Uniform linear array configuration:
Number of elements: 24
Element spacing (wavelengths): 0.25
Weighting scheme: uniform
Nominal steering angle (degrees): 30
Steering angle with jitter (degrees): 30.49
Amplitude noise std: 0.05
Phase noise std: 0.05

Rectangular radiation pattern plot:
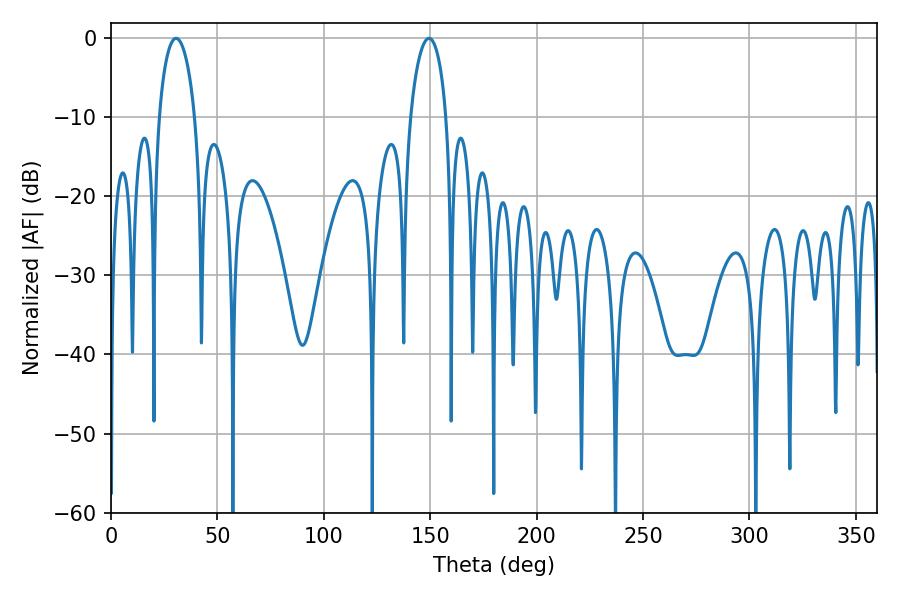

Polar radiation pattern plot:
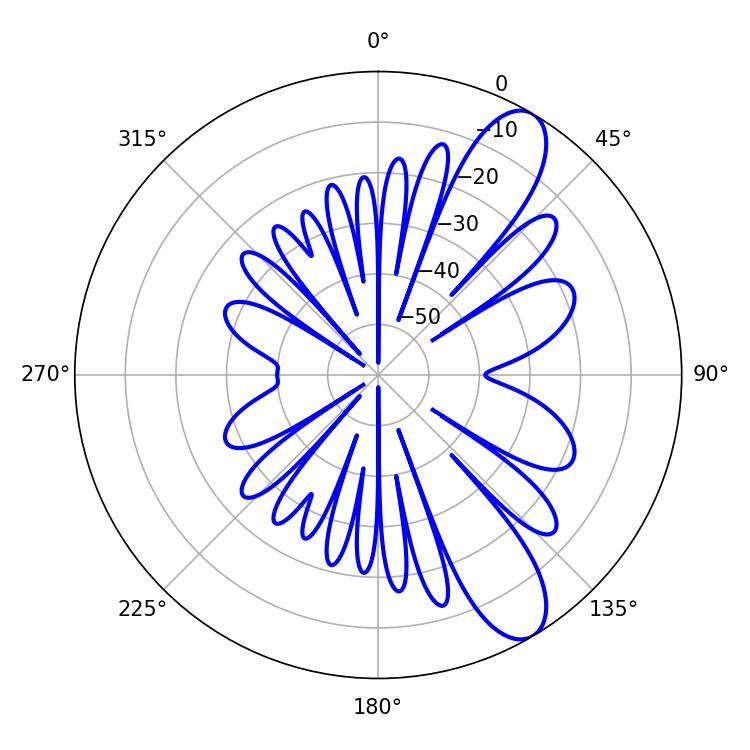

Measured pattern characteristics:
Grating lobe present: FALSE
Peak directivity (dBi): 10.125
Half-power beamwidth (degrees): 9.54
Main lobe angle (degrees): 30.6